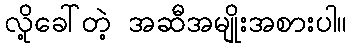
လို့ခေါ်တဲ့ အဆီအမျိုးအစားပါ။